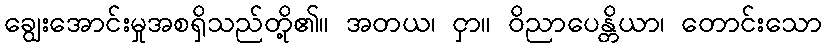
ချွေးအောင်းမှုအစရှိသည်တို့၏။ အတယ၊ ငှာ။ ဝိညာပေန္တိယာ၊ တောင်းသော